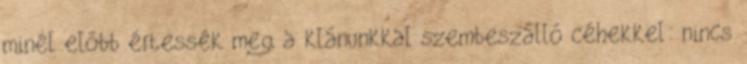
minél előbb értessék meg a klánunkkal szembeszálló céhekkel: nincs